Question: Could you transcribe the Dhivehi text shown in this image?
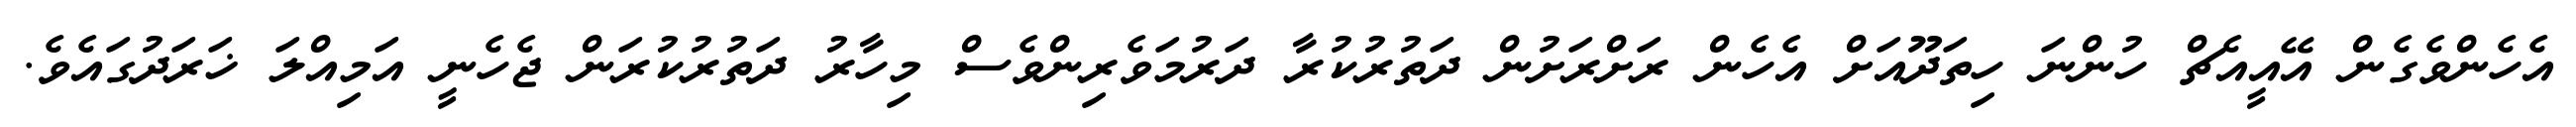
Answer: އެހެންވެގެން އޭއީއެޗް ހުންނަ ހިތަދޫއަށް އެހެން ރަށްރަށުން ދަތުރުކުރާ ދަރުމަވެރިންވެސް މިހާރު ދަތުރުކުރަން ޖެހެނީ އަމިއްލަ ޚަރަދުގައެވެ.